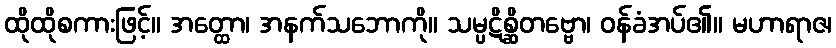
ထိုထိုစကားဖြင့်။ အတ္ထော၊ အနက်သဘောကို။ သမ္ပဋိစ္ဆိတဗ္ဗော၊ ဝန်ခံအပ်၏။ မဟာရာဇ၊